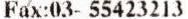
FAX:03- 55423213